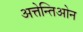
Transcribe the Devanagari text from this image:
अत्तेन्तिओन